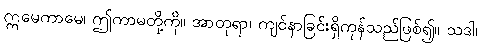
ဣမေကာမေ၊ ဤကာမတို့ကို။ အာတုရာ၊ ကျင်နာခြင်းရှိကုန်သည်ဖြစ်၍။ သဒါ၊